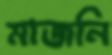
মাজনি